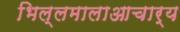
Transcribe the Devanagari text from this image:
भिल्लमालाआचार्य